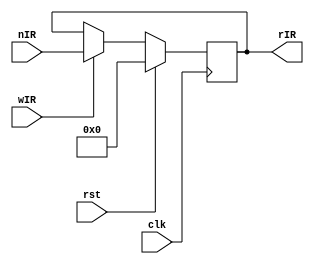
// This program was cloned from: https://github.com/adumont/hrm-cpu
// License: GNU General Public License v3.0

`default_nettype none

// Instruction Register
module IR (
        input clk,              // clock
        input [7:0] nIR,
        // control signals
        input wIR,                // enable signal
        input rst,
        // output: register value
        output reg [7:0] rIR
    );

    always @(posedge clk) begin
        if(rst)
          rIR <= 8'b 0;
        else
          if(wIR) begin
            rIR <= nIR;
          end
    end

endmodule